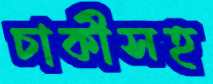
চাকীসহ